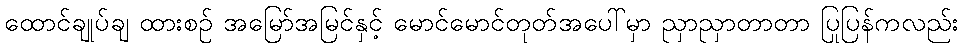
ထောင်ချုပ်ချ ထားစဉ် အမြော်အမြင်နှင့် မောင်မောင်တုတ်အပေါ်မှာ ညှာညှာတာတာ ပြုပြန်ကလည်း